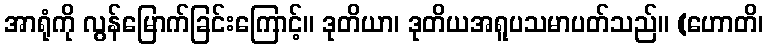
အာရုံကို လွန်မြောက်ခြင်းကြောင့်။ ဒုတိယာ၊ ဒုတိယအရူပသမာပတ်သည်။ (ဟောတိ၊